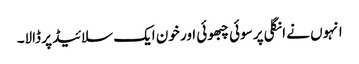
انہوں نے انگلی پر سوئی چبھوئی اور خون ایک سلائیڈ پر ڈالا۔